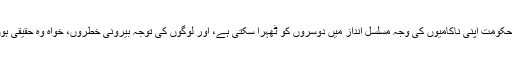
میڈیا پر اپنی اجارہ داری کے سبب امرا شاہی حکومت اپنی ناکامیوں کی وجہ مسلسل انداز میں دوسروں کو ٹھہرا سکتی ہے، اور لوگوں کی توجہ بیرونی خطروں، خواہ وہ حقیقی ہوں یا تخیلاتی، کی طرف مبذول کروا دیتی ہے۔